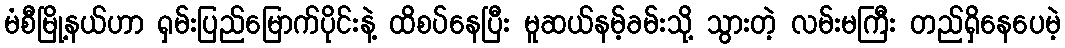
မံစီမြို့နယ်ဟာ ရှမ်းပြည်မြောက်ပိုင်းနဲ့ ထိစပ်နေပြီး မူဆယ်နမ့်ခမ်းသို့ သွားတဲ့ လမ်းမကြီး တည်ရှိနေပေမဲ့